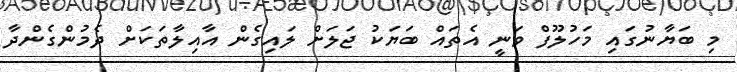
މި ބަޔާނުގައި މަހުލޫފް ވަނީ އެތައް ބަޔަކު ޖަލަށް ލައިގެން އާއިލާތަކަށް ދެމުންގެންދާ